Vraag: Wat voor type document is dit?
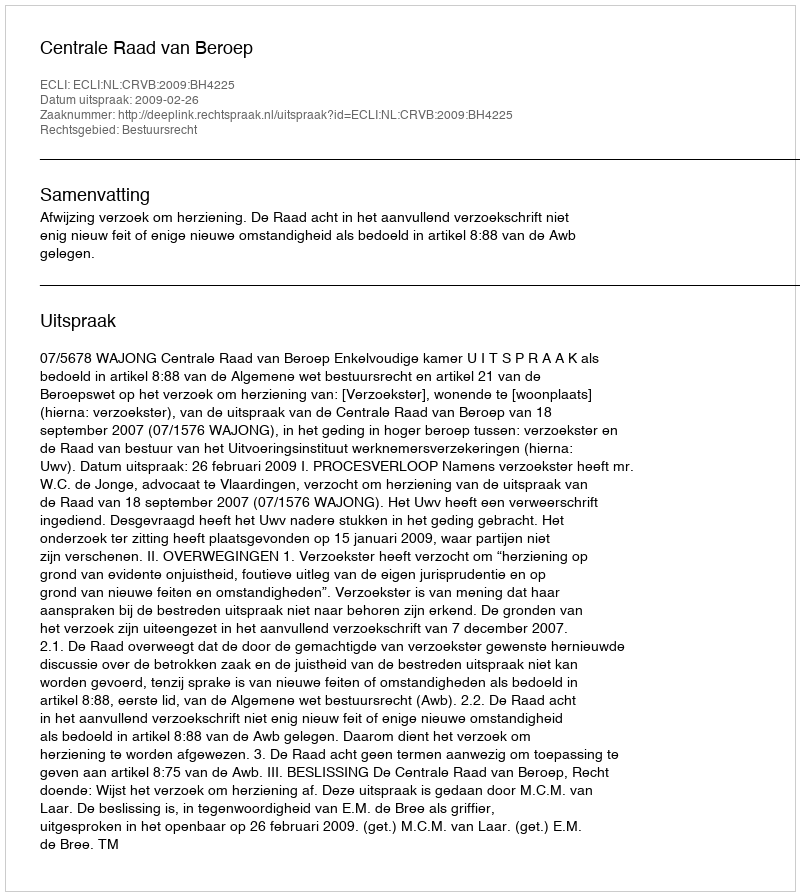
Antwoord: Uitspraak